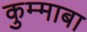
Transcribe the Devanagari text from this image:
कुम्माबा